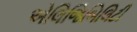
એલિજિબિલિટી